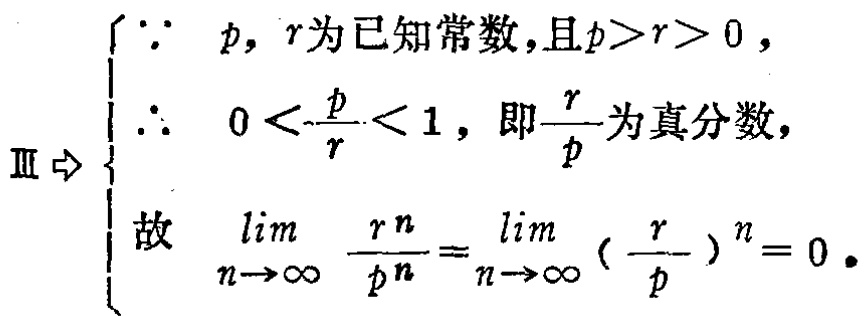
\[
\begin{cases}
\because p,r\text{ 为已知常数，且 }p > r > 0,\\
\therefore 0 < \frac{r}{p} < 1,\text{ 即 }\frac{r}{p}\text{ 为真分数},\\
\text{故 }\lim_{n \to \infty} \frac{r^n}{p^n} = \lim_{n \to \infty} \left(\frac{r}{p}\right)^n = 0.
\end{cases}
\]